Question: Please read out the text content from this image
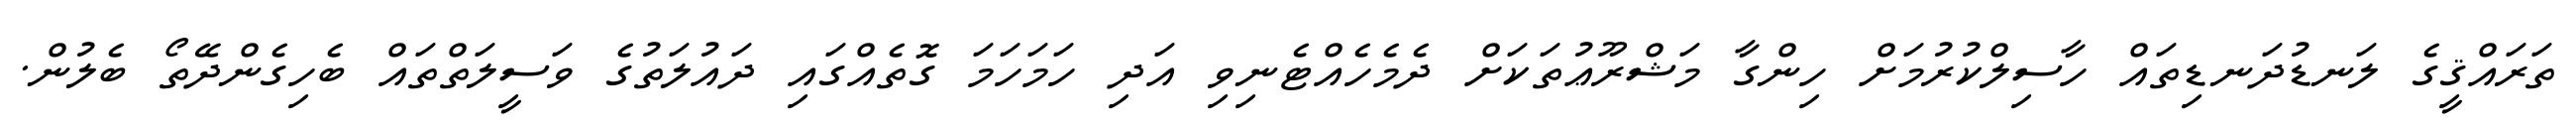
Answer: ތަރައްޤީގެ ލަނޑުދަނޑިތައް ހާސިލްކުރުމަށް ހިންގާ މަޝްރޫޢުތަކަށް ދެމެހެއްޓެނިވި އަދި ހަމަހަމަ ގޮތެއްގައި ދައުލަތުގެ ވަސީލަތްތައް ބެހިގެންދޭތޯ ބެލުން.